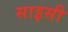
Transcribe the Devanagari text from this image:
साइसी